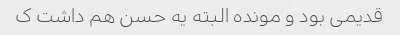
قدیمی بود و مونده البته یه حسن هم داشت ک